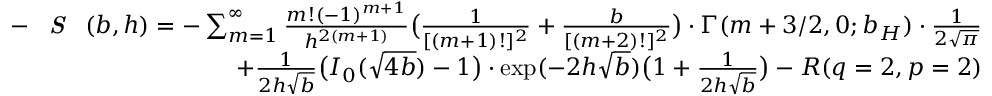
\begin{array} { r l r } & { } & { - \textbf { \emph { S } } ( b , h ) = - \sum _ { m = 1 } ^ { \infty } { \frac { m ! ( - 1 ) ^ { m + 1 } } { h ^ { 2 ( m + 1 ) } } } \big ( { \frac { 1 } { [ ( m + 1 ) ! ] ^ { 2 } } } + { \frac { b } { [ ( m + 2 ) ! ] ^ { 2 } } } \big ) \cdot \Gamma ( m + 3 / 2 , 0 ; b _ { H } ) \cdot { \frac { 1 } { 2 \sqrt { \pi } } } } \\ & { } & { + { \frac { 1 } { 2 h \sqrt { b } } } \big ( I _ { 0 } ( \sqrt { 4 b } ) - 1 \big ) \cdot \exp ( - 2 h \sqrt { b } ) \big ( 1 + { \frac { 1 } { 2 h \sqrt { b } } } \big ) - R ( q = 2 , p = 2 ) } \end{array}